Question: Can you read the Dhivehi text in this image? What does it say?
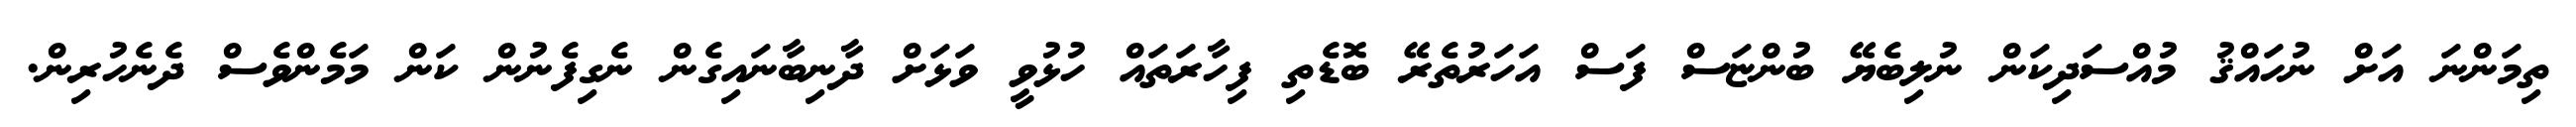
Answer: ތިމަންނަ އަށް ނުހައްޤު މުއްސަދިކަން ނުލިބެޔޭ ބުންޏަސް ފަސް އަހަރުތެރޭ ބޮޑެތި ފިހާރަތައް ހުޅުވީ ވަޅަށް ދާނިބާނައިގެން ނެގިފެނުން ކަން މަމެންވެސް ދެނެހުރިން.